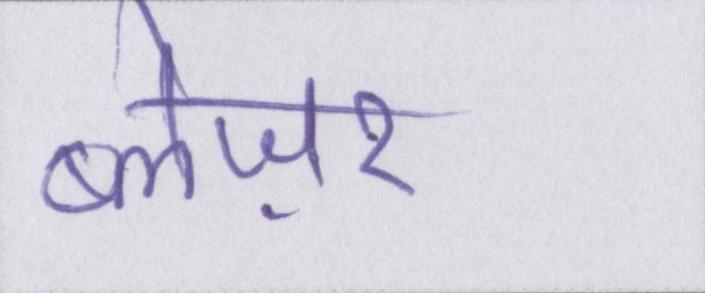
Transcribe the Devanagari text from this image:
ब्लेज़र